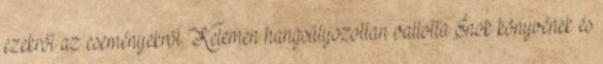
ezekről az eseményekről. Kelemen hangsúlyozottan vallotta Énok könyvének és